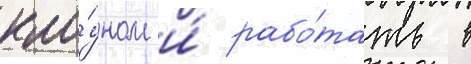
кло́уном и́ рабо́тать в